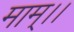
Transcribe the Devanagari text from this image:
माम्।।